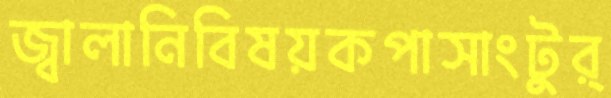
জ্বালানিবিষয়কপাসাংটুর্